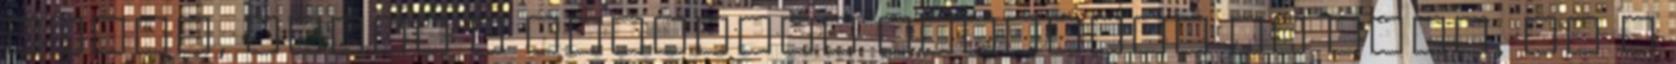
Nézem, ahogy a folyosón megindul az élet, és a